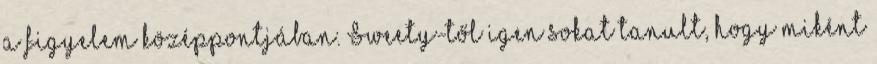
a figyelem középpontjában. Sweety-től igen sokat tanult, hogy miként